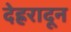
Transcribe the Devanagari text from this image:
देह्ररादून